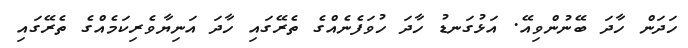
ހަދަން ހާދަ ބޭނުންވިއޭ. އަޅުގަނޑު ހާދަ ހުވަފެނެއްގެ ތެރޭގައި ހާދަ އަނިޔާވެރިކަމެއްގެ ތެރޭގައި